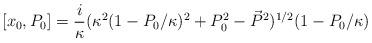
LaTeX: \begin{align*}[x_{0},P_{0}]=\frac{i}{\kappa}(\kappa^{2}(1-P_{0}/\kappa)^{2}+P_{0}^{2}-\vec{P}^{2})^{1/2}(1-P_{0}/\kappa)\end{align*}